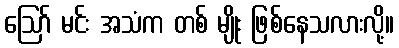
ဪ မင်း အသံက တစ် မျိုး ဖြစ်နေသလားလို့။